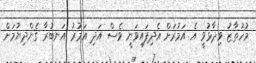
މުހުތާޒު ވިދާޅުވީ އެ އަމުރަށް އެދިފައިވަނީ ވެސް އަދި އަމުރު އަނބުރާ ގެންދިޔުމަށް